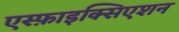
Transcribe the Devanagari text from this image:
एस्फ़ाइक्सिएशन